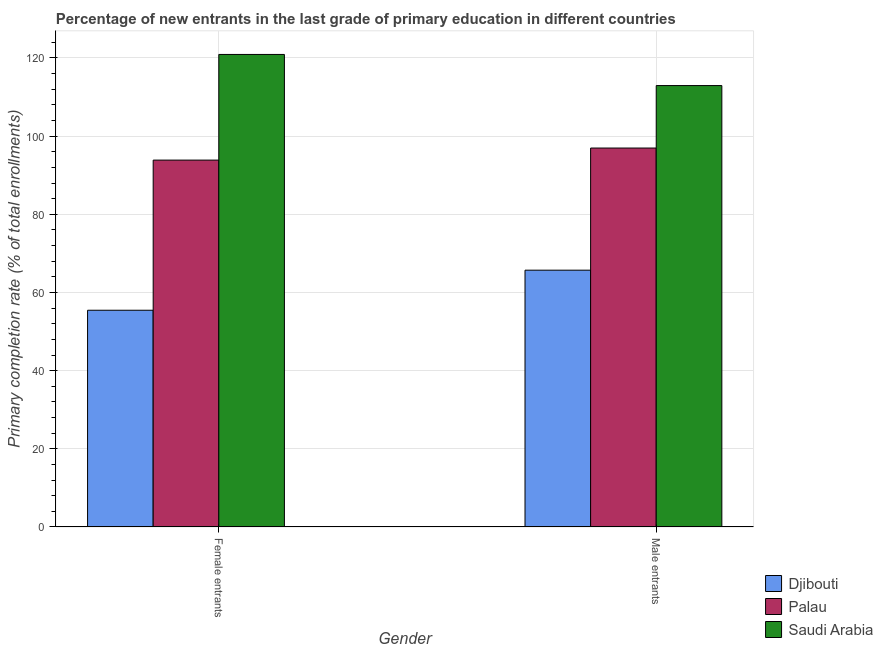
| Gender | Djibouti | Palau | Saudi Arabia |
 | --- | --- | --- | --- |
 | Female entrants | 55.4 | 93.9 | 121 |
 | Male entrants | 65.7 | 96.9 | 113 |